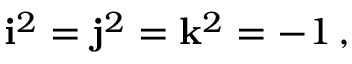
\mathbf { i } ^ { 2 } = \mathbf { j } ^ { 2 } = \mathbf { k } ^ { 2 } = - 1 \, ,